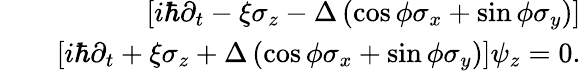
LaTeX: \begin{array}{rlr}&{}&{\left[i\hbar\partial_{t}-\xi\sigma_{z}-\Delta\left(\cos\phi\sigma_{x}+\sin\phi\sigma_{y}\right)\right]}\\ &{}&{\left[i\hbar\partial_{t}+\xi\sigma_{z}+\Delta\left(\cos\phi\sigma_{x}+\sin\phi\sigma_{y}\right)\right]\psi_{z}=0.}\end{array}